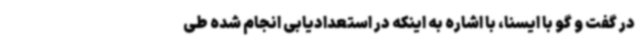
در گفت و گو با ایسنا، با اشاره به اینکه در استعدادیابی انجام شده طی